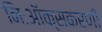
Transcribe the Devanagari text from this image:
निःऑक्सकरणी